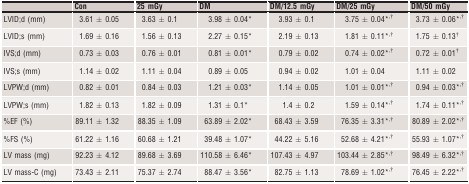
<table><thead><tr><td></td><td><b>Con</b></td><td><b>25 mGy</b></td><td><b>DM</b></td><td><b>DM/12.5 mGy</b></td><td><b>DM/25 mGy</b></td><td><b>DM/50 mGy</b></td></tr></thead><tbody><tr><td>LVID;d (mm)</td><td>3.61 ± 0.05</td><td>3.63 ± 0.1</td><td>3.98 ± 0.04a</td><td>3.93 ± 0.1</td><td>3.75 ± 0.04a<sup>,</sup>b</td><td>3.73 ± 0.06a<sup>,</sup>b</td></tr><tr><td>LVID;s (mm)</td><td>1.69 ± 0.16</td><td>1.56 ± 0.13</td><td>2.27 ± 0.15a</td><td>2.19 ± 0.13</td><td>1.81 ± 0.11a<sup>,</sup>b</td><td>1.75 ± 0.13b</td></tr><tr><td>IVS;d (mm)</td><td>0.73 ± 0.03</td><td>0.76 ± 0.01</td><td>0.81 ± 0.01a</td><td>0.79 ± 0.02</td><td>0.74 ± 0.02a<sup>,</sup>b</td><td>0.72 ± 0.01b</td></tr><tr><td>IVS;s (mm)</td><td>1.14 ± 0.02</td><td>1.11 ± 0.04</td><td>0.89 ± 0.05</td><td>0.94 ± 0.02</td><td>1.01 ± 0.04</td><td>1.11 ± 0.02</td></tr><tr><td>LVPW;d (mm)</td><td>0.82 ± 0.01</td><td>0.84 ± 0.03</td><td>1.21 ± 0.03a</td><td>1.14 ± 0.05</td><td>1.01 ± 0.01a<sup>,</sup>b</td><td>0.94 ± 0.03a<sup>,</sup>b</td></tr><tr><td>LVPW;s (mm)</td><td>1.82 ± 0.13</td><td>1.82 ± 0.09</td><td>1.31 ± 0.1a</td><td>1.4 ± 0.2</td><td>1.59 ± 0.14a<sup>,</sup>b</td><td>1.74 ± 0.11a<sup>,</sup>b</td></tr><tr><td>%EF (%)</td><td>89.11 ± 1.32</td><td>88.35 ± 1.09</td><td>63.89 ± 2.02a</td><td>68.43 ± 3.59</td><td>76.35 ± 3.31a<sup>,</sup>b</td><td>80.89 ± 2.02a<sup>,</sup>b</td></tr><tr><td>%FS (%)</td><td>61.22 ± 1.16</td><td>60.68 ± 1.21</td><td>39.48 ± 1.07a</td><td>44.22 ± 5.16</td><td>52.68 ± 4.21a<sup>,</sup>b</td><td>55.93 ± 1.07a<sup>,</sup>b</td></tr><tr><td>LV mass (mg)</td><td>92.23 ± 4.12</td><td>89.68 ± 3.69</td><td>110.58 ± 6.46a</td><td>107.43 ± 4.97</td><td>103.44 ± 2.85a<sup>,</sup>b</td><td>98.49 ± 6.32a<sup>,</sup>b</td></tr><tr><td>LV mass‐C (mg)</td><td>73.43 ± 2.11</td><td>75.37 ± 2.74</td><td>88.47 ± 3.56a</td><td>82.75 ± 1.13</td><td>78.69 ± 1.02a<sup>,</sup>b</td><td>76.45 ± 2.22a<sup>,</sup>b</td></tr></tbody></table>